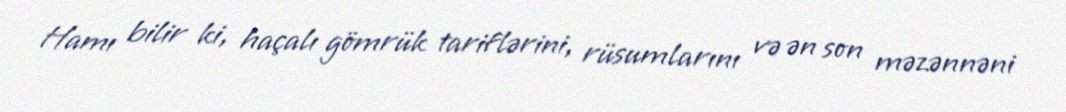
Hamı bilir ki, haçalı gömrük tariflərini, rüsumlarını və ən son məzənnəni